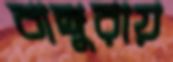
বাঙ্গুরায়